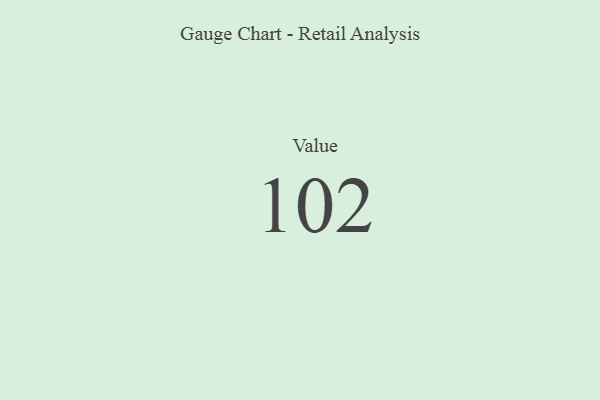
{"axis": {"x": "Metric", "y": "Value"}, "legend": [""], "data": [{"x": "Value", "y": 102, "type": ""}]}